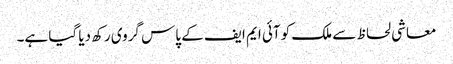
معاشی لحاظ سے ملک کو آئی ایم ایف کے پاس گروی رکھ دیا گیا ہے۔